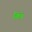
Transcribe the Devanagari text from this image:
खिले।